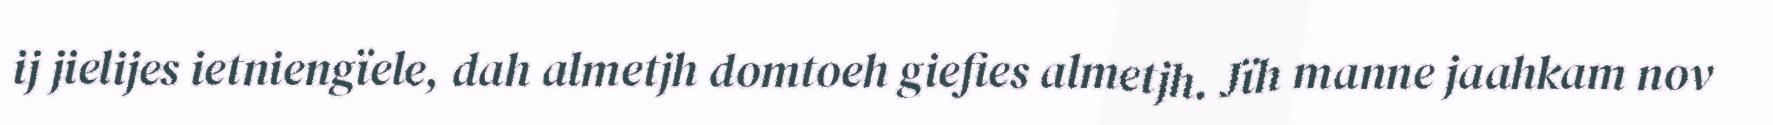
ij jielijes ietniengïele, dah almetjh domtoeh giefies almetjh. Jïh manne jaahkam nov